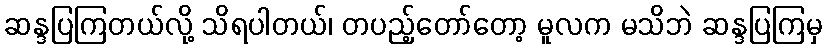
ဆန္ဒပြကြတယ်လို့ သိရပါတယ်၊ တပည့်တော်တော့ မူလက မသိဘဲ ဆန္ဒပြကြမှ